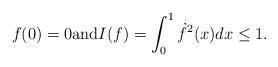
LaTeX: \begin{align*}f(0)=0{\rm and} I(f)=\int_0^1\dot{f}^2(x)dx\leq 1.\end{align*}